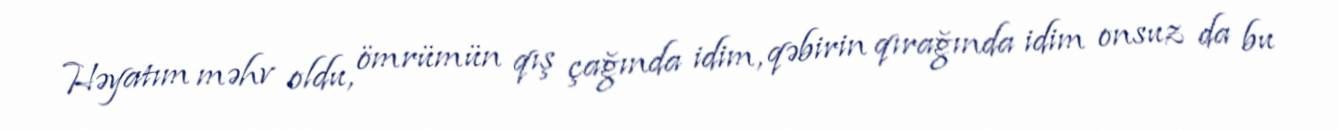
Həyatım məhv oldu, ömrümün qış çağında idim, qəbirin qırağında idim onsuz da bu